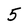
Character: 5